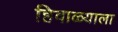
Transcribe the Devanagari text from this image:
हिवाळ्याला